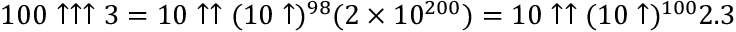
1 0 0 \uparrow \uparrow \uparrow 3 = 1 0 \uparrow \uparrow ( 1 0 \uparrow ) ^ { 9 8 } ( 2 \times 1 0 ^ { 2 0 0 } ) = 1 0 \uparrow \uparrow ( 1 0 \uparrow ) ^ { 1 0 0 } 2 . 3